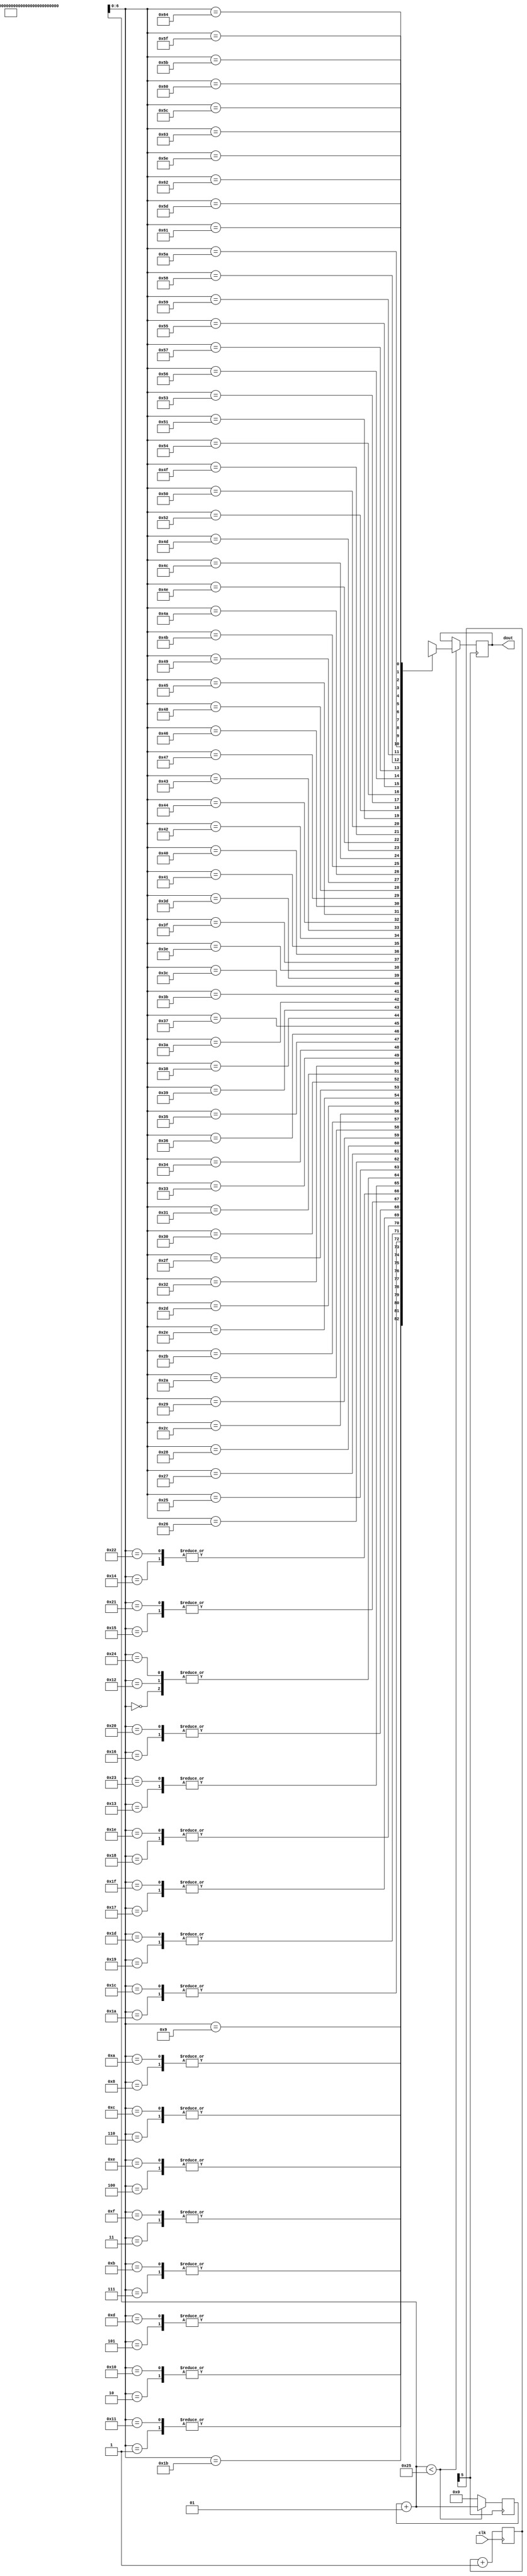
`timescale 1ns / 1ps
//////////////////////////////////////////////////////////////////////////////////
// Company: 
// Engineer: 
// 
// Design Name: 
// Module Name:    Sine 
// Project Name: 
// Target Devices: 
// Tool versions: 
// Description: 
//
// Dependencies: 
//
// Revision: 
// Revision 0.01 - File Created
// Additional Comments: 
//
//////////////////////////////////////////////////////////////////////////////////
module sine(dout,clk);
input clk;
output reg[7:0]dout;
reg [32:0]count;
wire[7:0]state[100:0];
wire dclk;
integer i=0;
assign state[0]=127;
assign state[1]=149;
assign state[2]=170;
assign state[3]=191;
assign state[4]=209;
assign state[5]=224; 
assign state[6]=237;
assign state[7]=246;
assign state[8]=252;
assign state[9]=254;

assign state[10]=252;
assign state[11]=246;
assign state[12]=237;
assign state[13]=224;
assign state[14]=209;
assign state[15]=191;
assign state[16]=170;
assign state[17]=149;
assign state[18]=127;

assign state[19]=105;
assign state[20]=84;
assign state[21]=64;
assign state[22]=45;
assign state[23]=30;
assign state[24]=17;
assign state[25]=8;
assign state[26]=2;
assign state[27]=0;

assign state[28]=2;
assign state[29]=8;
assign state[30]=17;
assign state[31]=30;
assign state[32]=45;
assign state[33]=64;
assign state[34]=84;
assign state[35]=105;
assign state[36]=127;

always @(posedge clk)
begin
count=count+1;
end

assign dclk=count[5];
always@(posedge dclk)
begin
i=i+1;
if(i<37)
dout=state[i];
else
i=0;
end 

endmodule